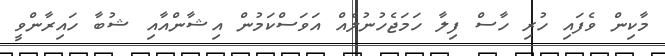
މާކިން ވެފައި ހުރި ހާސް ފިލާ ހަމަޖެހުނުލެއް އަވަސްކަމުން އިޝާންއާއި ޝުބާ ހައިރާންވީ